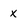
Character: x